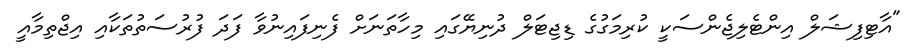
"އާޓިފިޝަލް އިންޓެލިޖެންސަކީ ކުރިމަގުގެ ޑިޖިޓަލް ދުނިޔޭގައި މިހާތަނަށް ފެނިފައިނުވާ ފަދަ ފުރުސަތުތަކާއި އިޖްތިމާއީ